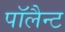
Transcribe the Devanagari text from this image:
पॉलैन्ट